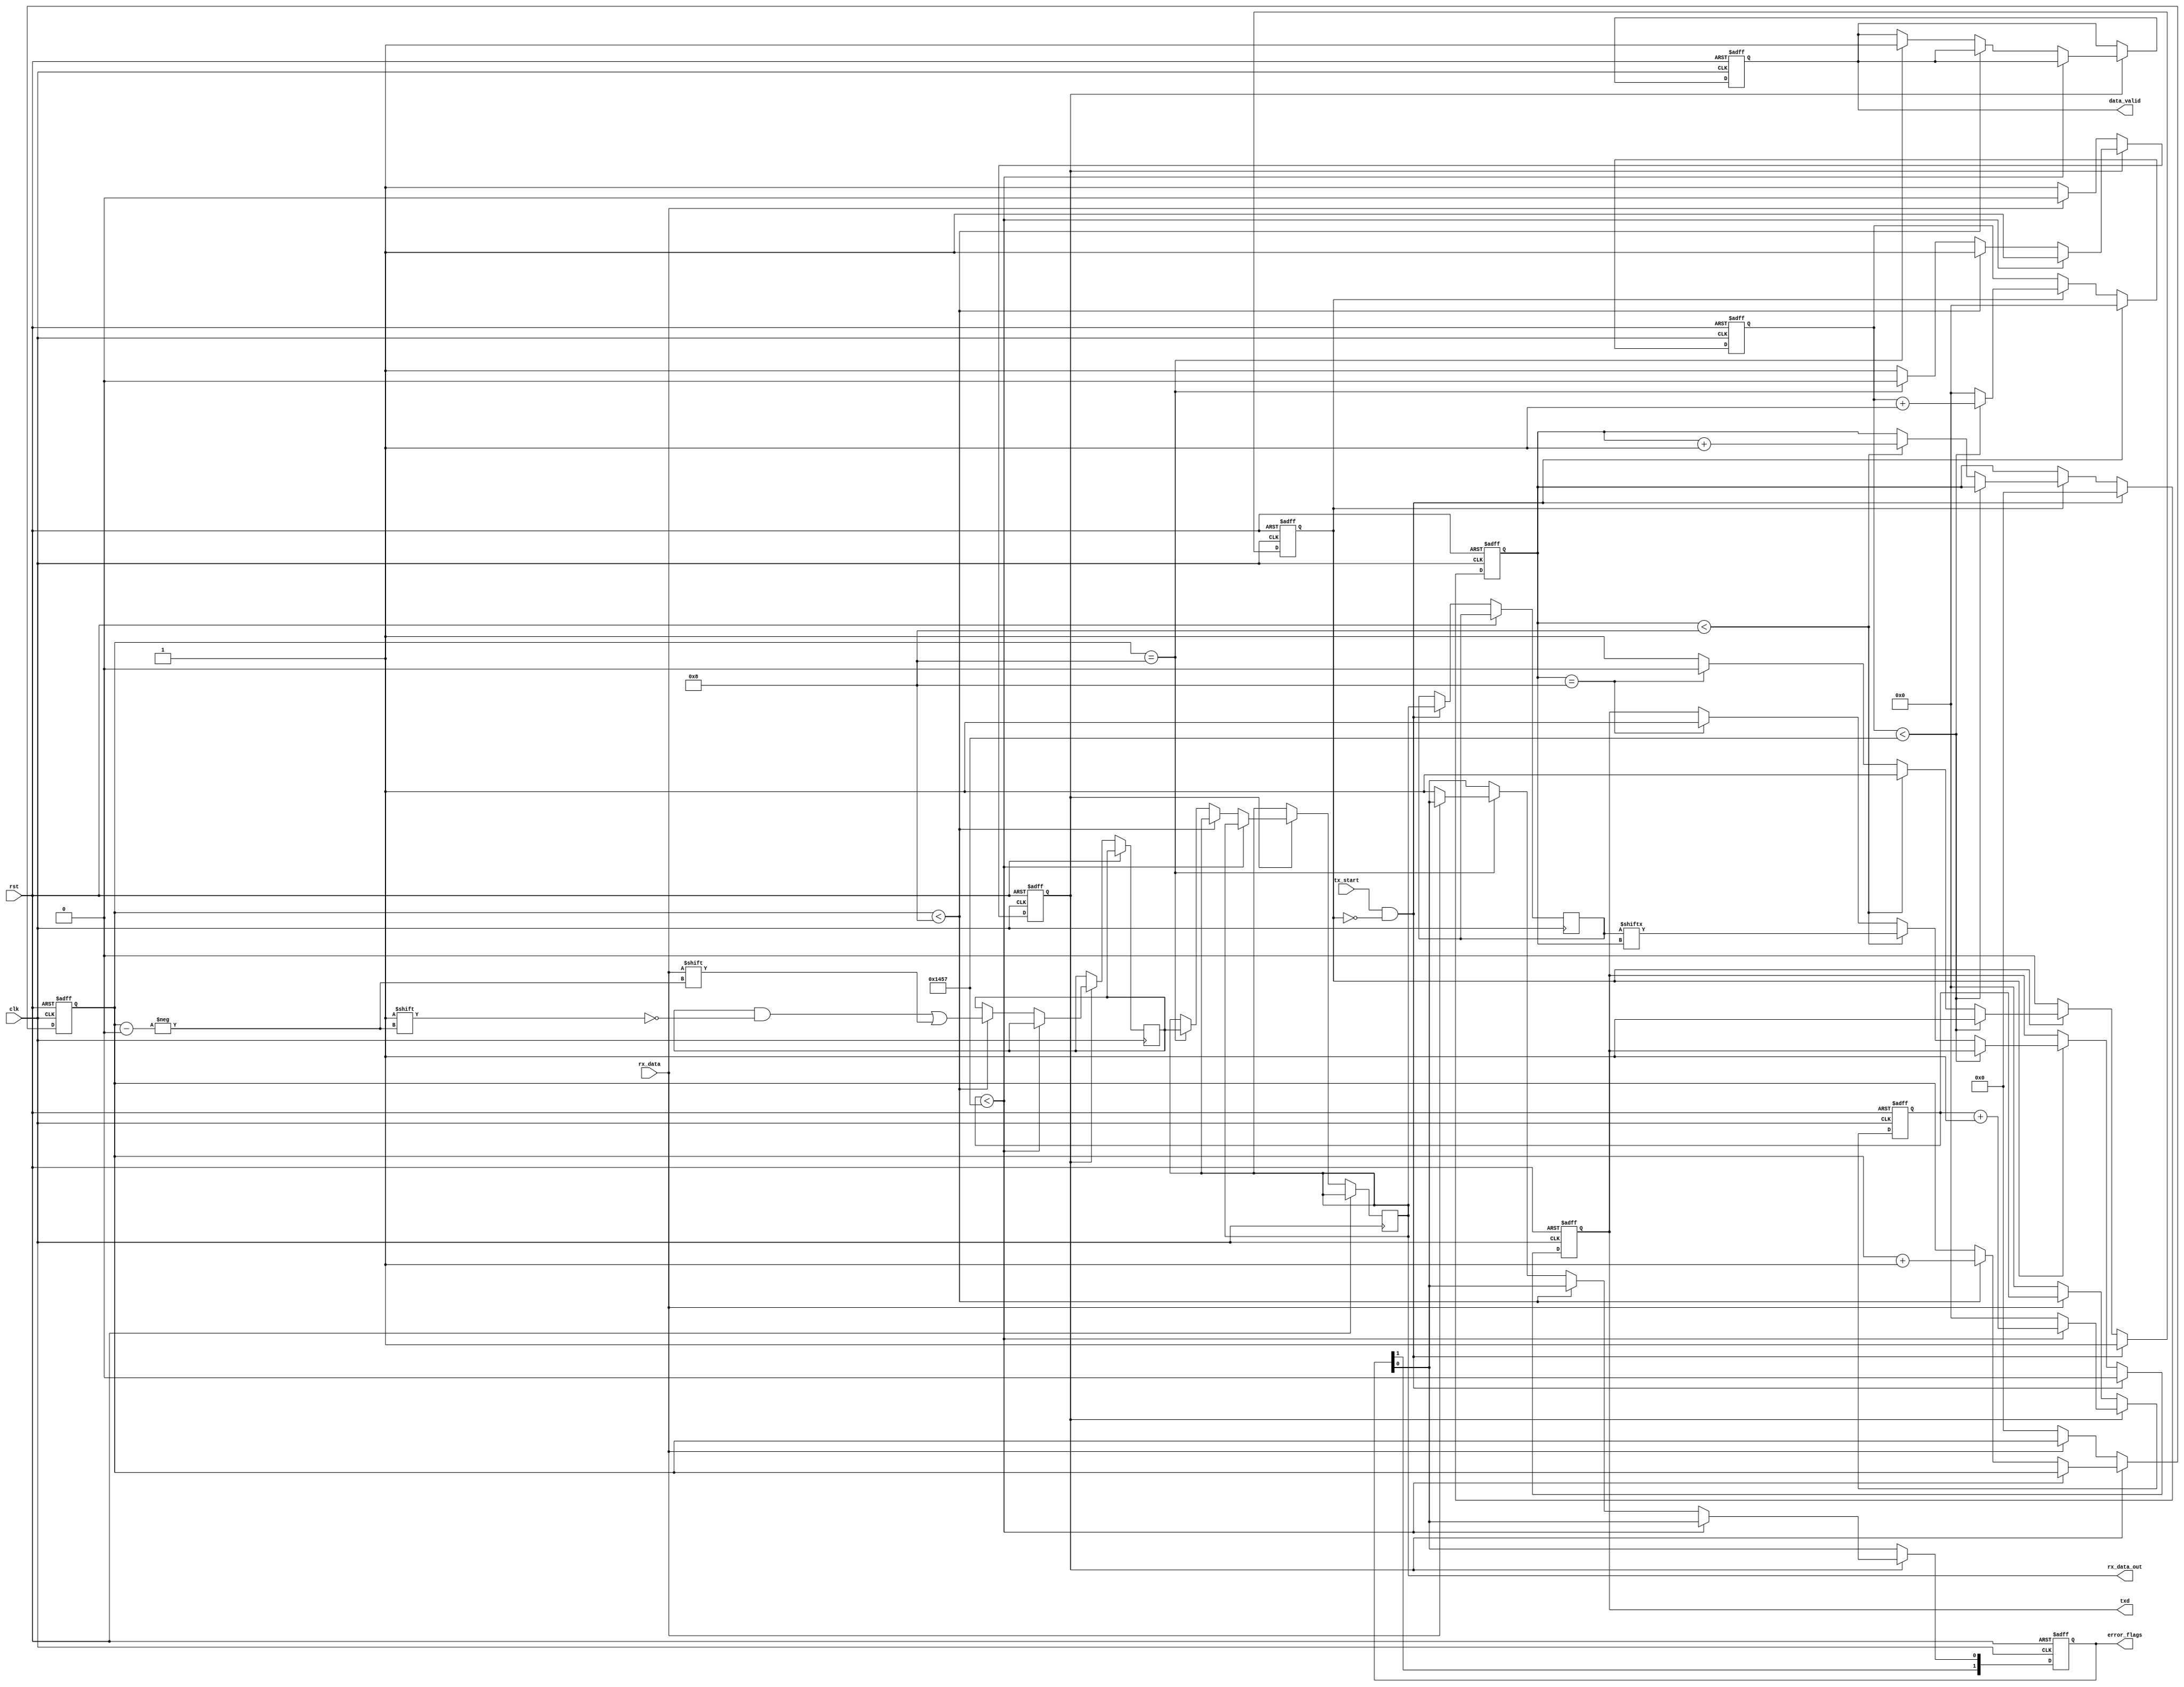
module parameterized_uart #(
    parameter BAUD_RATE = 9600,
    parameter DATA_WIDTH = 8,
    parameter STOP_BITS = 1,  // 1 or 2
    parameter PARITY = "NONE", // "NONE", "EVEN", "ODD"
    parameter CLOCK_FREQ = 50000000  // 50 MHz
)(
    input wire clk,
    input wire rst,
    input wire tx_start,
    input wire rx_data,
    output reg txd,
    output reg [DATA_WIDTH-1:0] rx_data_out,
    output reg data_valid,
    output reg [1:0] error_flags // 2-bits: [framing_error, parity_error]
);

    localparam BIT_PERIOD = CLOCK_FREQ / BAUD_RATE;
    localparam TOTAL_BITS = DATA_WIDTH + STOP_BITS + (PARITY != "NONE" ? 1 : 0);

    // TX Signals
    reg [DATA_WIDTH-1:0] tx_data;
    reg [3:0] tx_bit_index;
    reg [15:0] tx_counter;
    reg tx_busy;

    // RX Signals
    reg [3:0] rx_bit_index;
    reg [15:0] rx_counter;
    reg rx_busy;
    reg [DATA_WIDTH-1:0] rx_shift_reg;
    
    // Parity calculation
    function [0:0] calculate_parity;
        input [DATA_WIDTH-1:0] data;
        begin
            if (PARITY == "ODD") 
                calculate_parity = ~^data;
            else if (PARITY == "EVEN")
                calculate_parity = ^data;
            else
                calculate_parity = 1'b0; // No parity
        end
    endfunction

    // TX process
    always @(posedge clk or posedge rst) begin
        if (rst) begin
            txd <= 1'b1; // Idle state is high
            tx_busy <= 1'b0;
            tx_bit_index <= 4'b0;
            tx_counter <= 16'b0;
        end else begin
            if (tx_start && !tx_busy) begin
                tx_data <= rx_data_out; // Sample data for transmission
                tx_busy <= 1'b1;
                tx_bit_index <= 4'b0;
                tx_counter <= 16'b0;
                txd <= 1'b0; // Start bit
            end else if (tx_busy) begin
                if (tx_counter < (BIT_PERIOD - 1)) begin
                    tx_counter <= tx_counter + 1;
                end else begin
                    tx_counter <= 0;

                    if (tx_bit_index < DATA_WIDTH) begin
                        txd <= tx_data[tx_bit_index]; // Send data bits
                        tx_bit_index <= tx_bit_index + 1;
                    end else if (PARITY != "NONE" && tx_bit_index == DATA_WIDTH) begin
                        txd <= calculate_parity(tx_data); // Send parity bit
                        tx_bit_index <= tx_bit_index + 1;
                    end else if (tx_bit_index == DATA_WIDTH + (PARITY != "NONE" ? 1 : 0)) begin
                        if (STOP_BITS == 1) begin
                            txd <= 1'b1; // Stop bit
                            tx_busy <= 1'b0; // Transmission complete
                        end else begin
                            txd <= 1'b1; // First stop bit
                            tx_bit_index <= tx_bit_index + 1;
                        end
                    end else if (tx_bit_index == DATA_WIDTH + (PARITY != "NONE" ? 1 : 0) + 1 && STOP_BITS == 2) begin
                        txd <= 1'b1; // Second stop bit
                        tx_busy <= 1'b0; // Transmission complete
                    end
                end
            end
        end
    end

    // RX process
    always @(posedge clk or posedge rst) begin
        if (rst) begin
            rx_bit_index <= 0;
            rx_counter <= 0;
            rx_busy <= 0;
            data_valid <= 0;
            error_flags <= 2'b00; // No errors
        end else begin
            if (!rx_busy) begin
                if (!rx_data) begin // Start bit detected
                    rx_busy <= 1;
                    rx_bit_index <= 0;
                    rx_counter <= 0;
                end
            end else begin
                if (rx_counter < (BIT_PERIOD - 1)) begin
                    rx_counter <= rx_counter + 1;
                end else begin
                    rx_counter <= 0;

                    if (rx_bit_index < DATA_WIDTH) begin
                        rx_shift_reg[rx_bit_index] <= rx_data; // Shift in the data bits
                        rx_bit_index <= rx_bit_index + 1;
                    end else if (PARITY != "NONE" && rx_bit_index == DATA_WIDTH) begin
                        if (calculate_parity(rx_shift_reg) != rx_data) begin
                            error_flags[1] <= 1'b1; // Parity error
                        end
                        rx_bit_index <= rx_bit_index + 1;
                    end else if (rx_bit_index == DATA_WIDTH + (PARITY != "NONE" ? 1 : 0)) begin
                        if (rx_data != 1'b1) begin
                            error_flags[0] <= 1'b1; // Framing error
                        end
                        data_valid <= 1'b1; // Data is valid
                        rx_data_out <= rx_shift_reg; // Output the received data
                        rx_busy <= 0;
                    end
                end
            end
        end
    end
    
endmodule